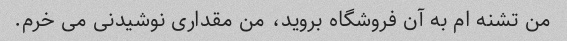
من تشنه ام به آن فروشگاه بروید، من مقداری نوشیدنی می خرم.